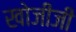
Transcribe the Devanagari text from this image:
खोजीजी